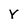
Character: Y